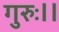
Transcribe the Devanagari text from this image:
गुरुः।।